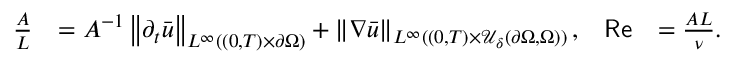
\begin{array} { r l r l } { \frac A L } & { = A ^ { - 1 } \left\lVert \partial _ { t } \bar { u } \right\rVert _ { L ^ { \infty } ( ( 0 , T ) \times \partial \Omega ) } + \left\lVert \nabla \bar { u } \right\rVert _ { L ^ { \infty } ( ( 0 , T ) \times \mathcal U _ { \delta } ( \partial \Omega , \Omega ) ) } , } & { \mathsf { R e } } & { = \frac { A L } { \nu } . } \end{array}